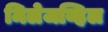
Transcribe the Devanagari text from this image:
मिलेजव्हिल